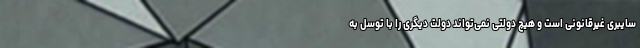
سایبری غیرقانونی است و هیچ دولتی نمی‌تواند دولت دیگری را با توسل به